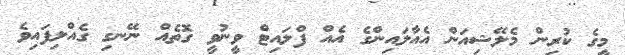
މީގެ ކުރިން މެލޭޝިއަން އެއާލައިންގެ އެއް ފްލައިޓް ވީނުވީ ގޮތެއް ނޭނގި ގެއްލިފައިވެ